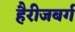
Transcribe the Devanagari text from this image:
हैरीजबर्ग